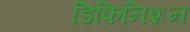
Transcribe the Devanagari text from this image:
डिफिनिशन